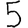
Digit: 5